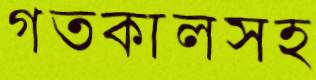
গতকালসহ